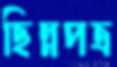
ছিন্নপত্র